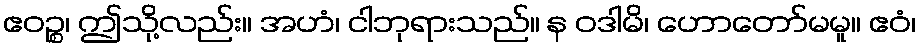
ဧဝဉ္စ၊ ဤသို့လည်း။ အဟံ၊ ငါဘုရားသည်။ န ဝဒါမိ၊ ဟောတော်မမူ။ ဧဝံ၊